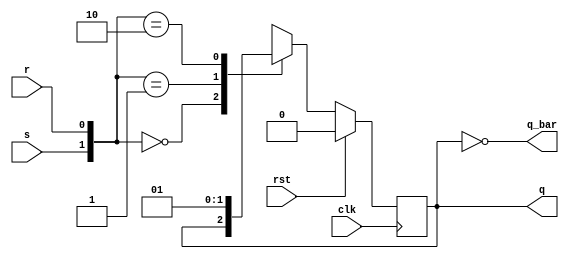
`timescale 1ns / 1ps

module sr_flipflop_sync(clk,rst,s,r,q,q_bar);

input clk,rst;
input s,r;
output reg q;
output q_bar;

always @(posedge clk)begin
if(rst)
 q <= 0;
else
begin
case({s,r})
 2'b00 : q <= q;
 2'b01 : q <= 1'b0;
 2'b10 : q <= 1'b1;
 2'b11 : q <= 1'bx;
 endcase
end
end

assign q_bar = ~q;

endmodule